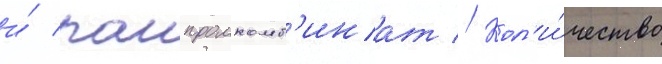
и́ раипромкомб'инат // Кол'и́чество